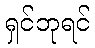
ရှင်ဘုရင်